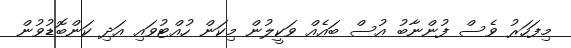
މިފަހަރު ވެސް ފުންނާބު އުސް ބައެއް ވަކީލުން މިކަން ހުއްޓުވައި އަދި ކަންބޮޑުވުން